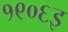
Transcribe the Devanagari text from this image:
१९०६इ